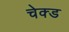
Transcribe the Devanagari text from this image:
चेक्ड